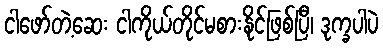
ငါဖော်တဲ့ဆေး ငါကိုယ်တိုင်မစားနိုင်ဖြစ်ပြီ၊ ဒုက္ခပါပဲ